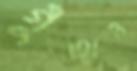
গুঁতাও